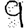
Digit: 9